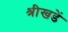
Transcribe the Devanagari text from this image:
श्रीखडें